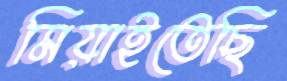
মিয়াইতেছি